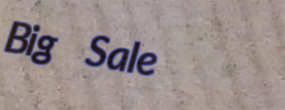
Big Sale